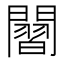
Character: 𮤡